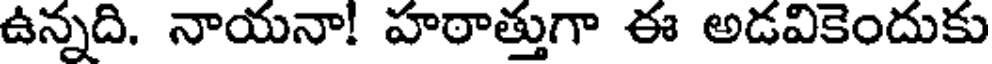
ఉన్నది. నాయనా! హఠాత్తుగా ఈ అడవికెందుకు